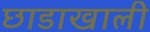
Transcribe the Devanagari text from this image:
छाडाखाली